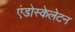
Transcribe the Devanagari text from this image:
एंडोस्केलेटन